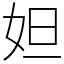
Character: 妲